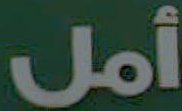
أمل